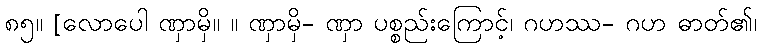
၈၅။ [လောပေါ ဏှာမှိ။ ။ ဏှာမှိ- ဏှာ ပစ္စည်းကြောင့်၊ ဂဟဿ- ဂဟ ဓာတ်၏၊